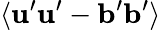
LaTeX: \langle{{\mathbf{u}}^{\prime}{\mathbf{u}}^{\prime}-{\mathbf{b}}^{\prime}{\mathbf{b}}^{\prime}}\rangle